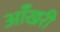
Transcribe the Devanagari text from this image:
आँखरी